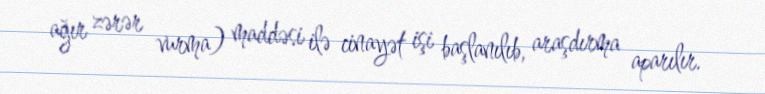
ağır zərər vurma) maddəsi ilə cinayət işi başlanılıb, araşdırma aparılır.